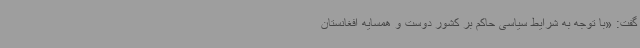
گفت: «با توجه به شرایط سیاسی حاکم بر کشور دوست و همسایه افغانستان